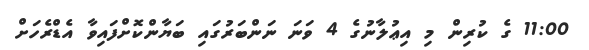
11:00 ގެ ކުރިން މި އިޢުލާނުގެ 4 ވަނަ ނަންބަރުގައި ބަޔާންކޮށްފައިވާ އެޑްރެހަށް